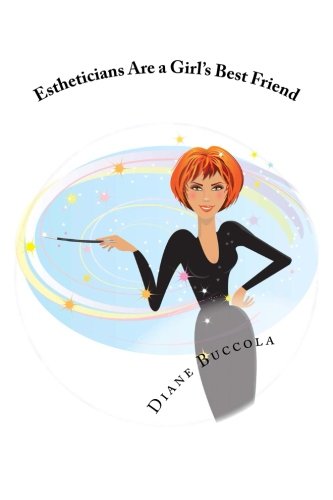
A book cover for Estheticians Are a Girl's Best Friend; Diane Buccola; Test Preparation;